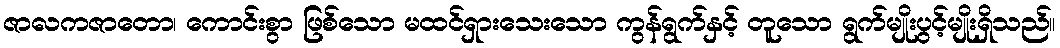
ဇာလကဇာတော၊ ကောင်းစွာ ဖြစ်သော မထင်ရှားသေးသော ကွန်ရွက်နှင့် တူသော ရွက်မျိုးပွင့်မျိုးရှိသည်။